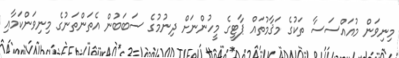
މިނިވަން މުއައްސަސާ ތަކުގެ މަޤާމުތައް ޕާޓީގެ މީހުންނަށް ދިނުމުގެ ސަބަބުން އެތަންތަނުގެ މިނިވަންކަމާއި